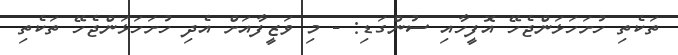
ތަކެތި ހުށަހަޅަންޖެހޭ އޮފީހާއި ސުންގަޑި: - މި ވަޒީފާއަށް އެދި ހުށަހަޅަންޖެހޭ ތަކެތި